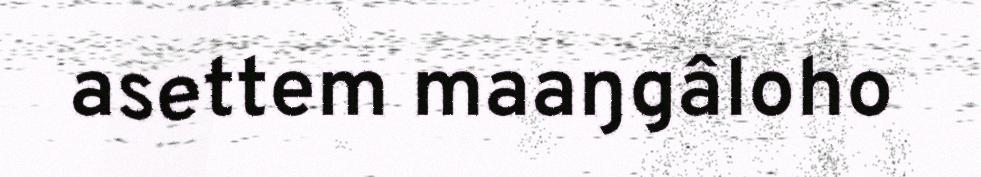
asettem maaŋgâloho